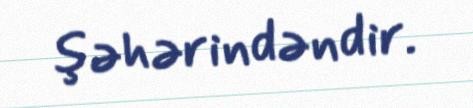
şəhərindəndir.